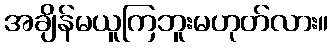
အချိန်မယူကြဘူးမဟုတ်လား။